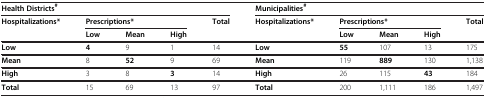
<table><thead><tr><td colspan="5"><b>Health Districts<sup>#</sup></b></td><td colspan="5"><b>Municipalities<sup>#</sup></b></td></tr><tr><td rowspan="2"><b>Hospitalizations*</b></td><td colspan="3"><b>Prescriptions*</b></td><td rowspan="2"><b>Total</b></td><td rowspan="2"><b>Hospitalizations*</b></td><td colspan="3"><b>Prescriptions*</b></td><td rowspan="2"><b>Total</b></td></tr><tr><td><b>Low</b></td><td><b>Mean</b></td><td><b>High</b></td><td><b>Low</b></td><td><b>Mean</b></td><td><b>High</b></td></tr></thead><tbody><tr><td><b>Low</b></td><td><b>4</b></td><td>9</td><td>1</td><td>14</td><td><b>Low</b></td><td><b>55</b></td><td>107</td><td>13</td><td>175</td></tr><tr><td><b>Mean</b></td><td>8</td><td><b>52</b></td><td>9</td><td>69</td><td><b>Mean</b></td><td>119</td><td><b>889</b></td><td>130</td><td>1,138</td></tr><tr><td><b>High</b></td><td>3</td><td>8</td><td><b>3</b></td><td>14</td><td><b>High</b></td><td>26</td><td>115</td><td><b>43</b></td><td>184</td></tr><tr><td><b>Total</b></td><td>15</td><td>69</td><td>13</td><td>97</td><td><b>Total</b></td><td>200</td><td>1,111</td><td>186</td><td>1,497</td></tr></tbody></table>